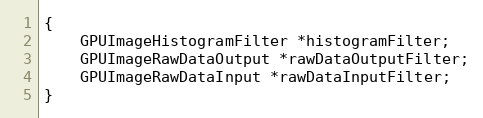
Language: C
{
    GPUImageHistogramFilter *histogramFilter;
    GPUImageRawDataOutput *rawDataOutputFilter;
    GPUImageRawDataInput *rawDataInputFilter;
}